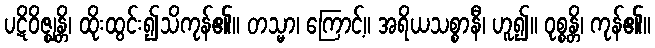
ပဋိဝိဇ္ဈန္တိ၊ ထိုးထွင်း၍သိကုန်၏။ တသ္မာ၊ ကြောင့်။ အရိယသစ္စာနီ၊ ဟူ၍။ ဝုစ္စန္တိ၊ ကုန်၏။